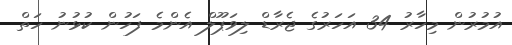
އުމުރުން މިހާރު 34 އަހަރުގެ ޖެރާޑް ލިވަޕޫލް އެންމެ ފަހުން ކުޅުނު ހަތް